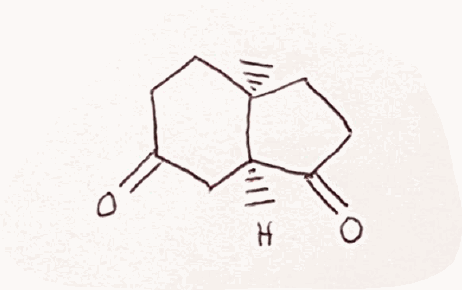
Simplified molecular-input line-entry system (SMILES) notation of the given molecule:
C[C@@]12CCC(=O)C[C@@H]1C(=O)CC2